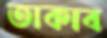
তাকাব